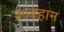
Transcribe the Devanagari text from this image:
अजहान